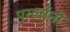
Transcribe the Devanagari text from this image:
परवर्तनों